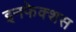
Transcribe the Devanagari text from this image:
इनफेक्शस